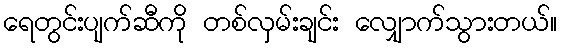
ရေတွင်းပျက်ဆီကို တစ်လှမ်းချင်း လျှောက်သွားတယ်။